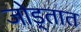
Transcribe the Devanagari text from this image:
जोड्तात